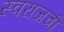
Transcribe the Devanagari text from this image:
स्वराजची